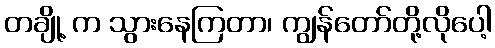
တချို့ က သွားနေကြတာ၊ ကျွန်တော်တို့လိုပေါ့